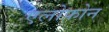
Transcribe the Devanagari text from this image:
एलोफ़ोन